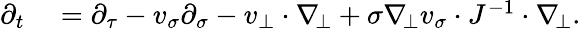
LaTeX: \begin{array}{rl}{\partial_{t}}&{{}=\partial_{\tau}-v_{\sigma}\partial_{\sigma}-v_{\bot}\cdot\nabla_{\! \bot}+\sigma\nabla_{\! \bot}v_{\sigma}\cdot J^{-1}\cdot\nabla_{\! \bot}.}\end{array}